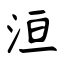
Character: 洹